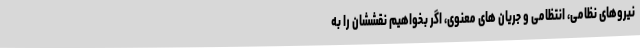
نیروهای نظامی، انتظامی و جریان های معنوی، اگر بخواهیم نقششان را به